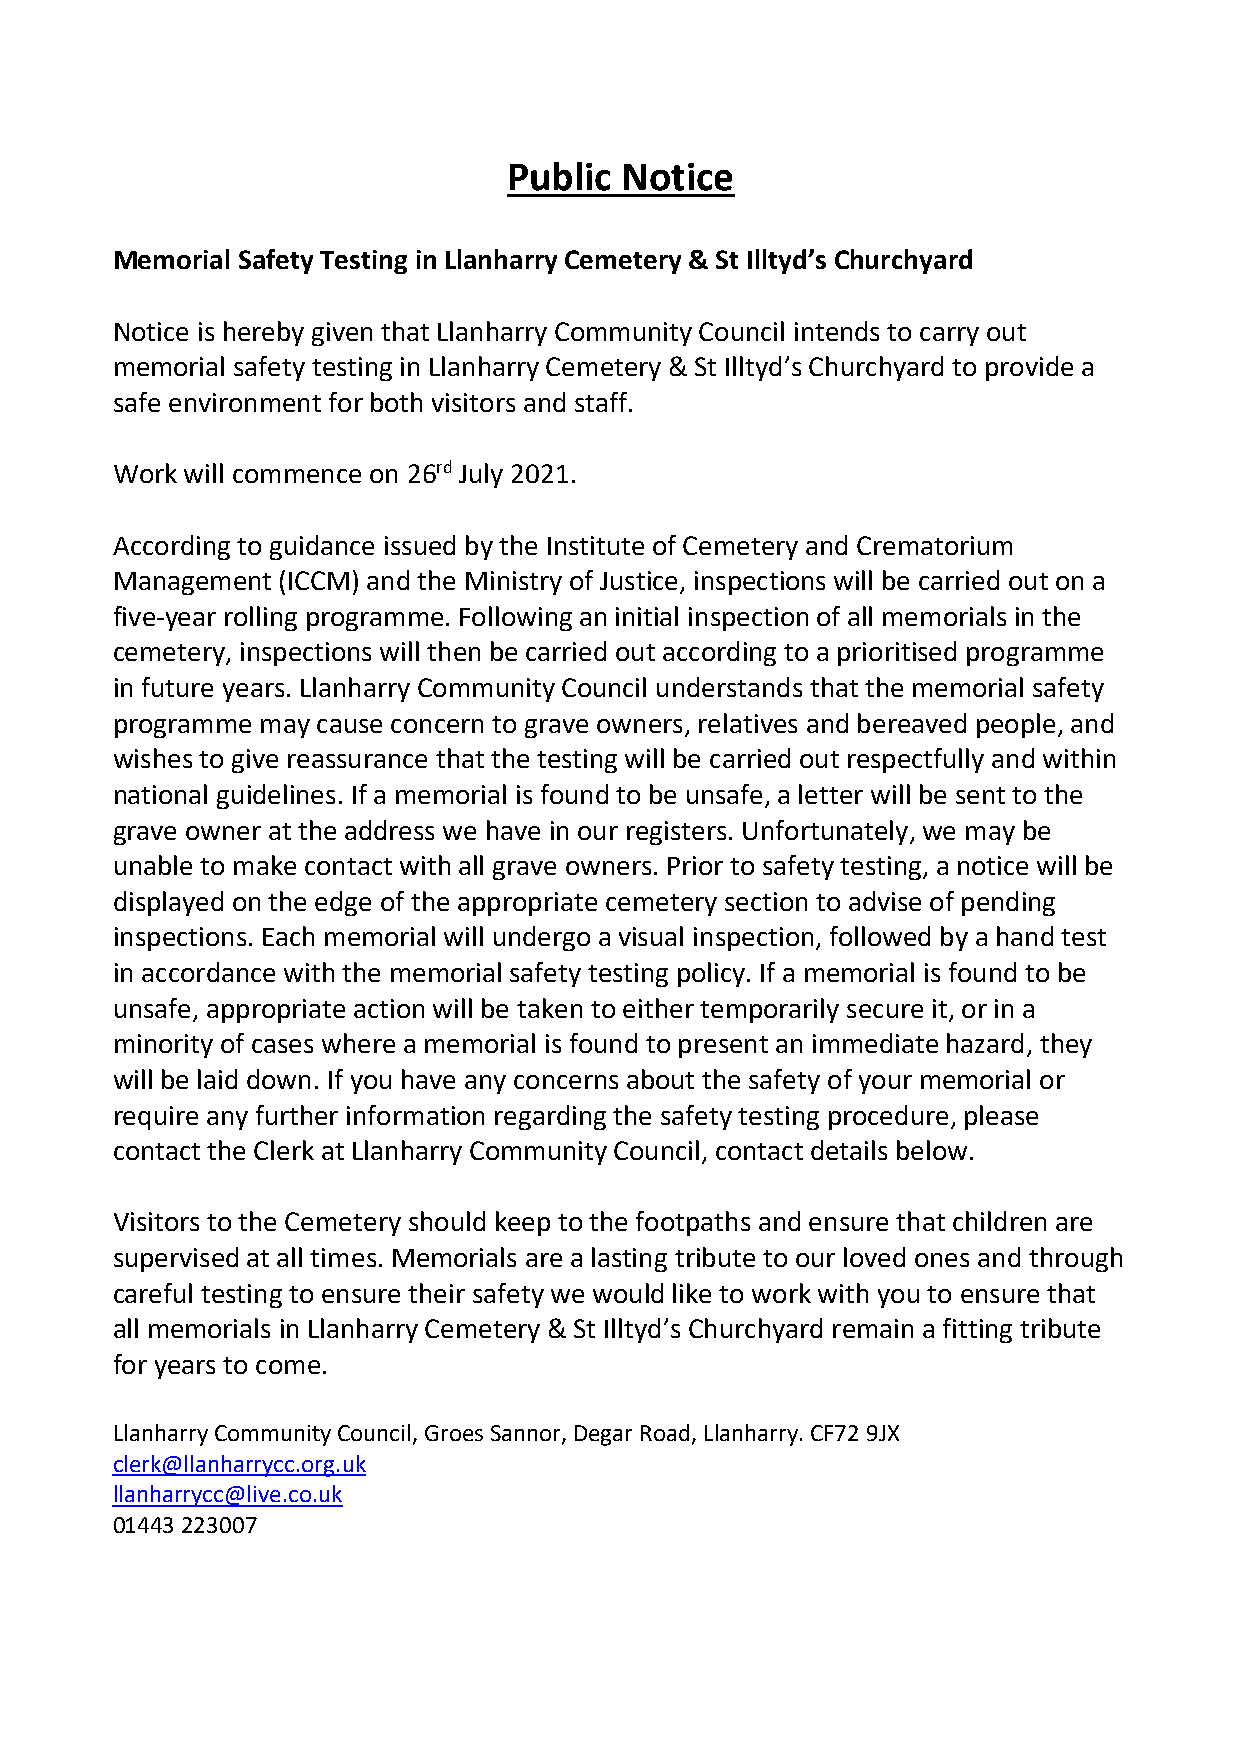
Public Notice
 Memorial Safety Testing in Llanharry Cemetery & St Illtyd’s Churchyard
 Notice is hereby given that Llanharry Community Council intends to carry out
 memorial safety testing in Llanharry Cemetery & St Illtyd’s Churchyard to provide a
 safe environment for both visitors and staff.
 Work will commence on 26rd July 2021.
 According to guidance issued by the Institute of Cemetery and Crematorium
 Management (ICCM) and the Ministry of Justice, inspections will be carried out on a
 five-year rolling programme. Following an initial inspection of all memorials in the
 cemetery, inspections will then be carried out according to a prioritised programme
 in future years. Llanharry Community Council understands that the memorial safety
 programme may cause concern to grave owners, relatives and bereaved people, and
 wishes to give reassurance that the testing will be carried out respectfully and within
 national guidelines. If a memorial is found to be unsafe, a letter will be sent to the
 grave owner at the address we have in our registers. Unfortunately, we may be
 unable to make contact with all grave owners. Prior to safety testing, a notice will be
 displayed on the edge of the appropriate cemetery section to advise of pending
 inspections. Each memorial will undergo a visual inspection, followed by a hand test
 in accordance with the memorial safety testing policy. If a memorial is found to be
 unsafe, appropriate action will be taken to either temporarily secure it, or in a
 minority of cases where a memorial is found to present an immediate hazard, they
 will be laid down. If you have any concerns about the safety of your memorial or
 require any further information regarding the safety testing procedure, please
 contact the Clerk at Llanharry Community Council, contact details below.
 Visitors to the Cemetery should keep to the footpaths and ensure that children are
 supervised at all times. Memorials are a lasting tribute to our loved ones and through
 careful testing to ensure their safety we would like to work with you to ensure that
 all memorials in Llanharry Cemetery & St Illtyd’s Churchyard remain a fitting tribute
 for years to come.
 Llanharry Community Council, Groes Sannor, Degar Road, Llanharry. CF72 9JX
 clerk@llanharrycc.org.uk
 llanharrycc@live.co.uk
 01443 223007